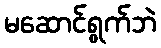
မဆောင်ရွက်ဘဲ